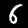
Label: 6